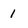
Character: 1